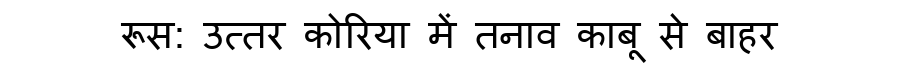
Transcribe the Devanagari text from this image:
रूस: उत्तर कोरिया में तनाव काबू से बाहर